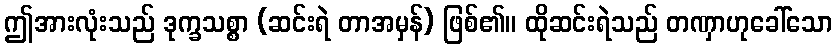
ဤအားလုံးသည် ဒုက္ခသစ္စာ (ဆင်းရဲ တာအမှန်) ဖြစ်၏။ ထိုဆင်းရဲသည် တဏှာဟုခေါ်သော